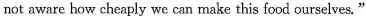
not aware how cheaply we can make this food ourselves. "